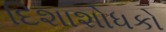
દિશાશોધકો